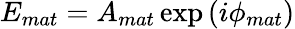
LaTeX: E_{mat}=A_{mat}\exp{(i\phi_{mat})}